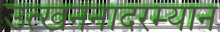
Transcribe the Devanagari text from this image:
उत्खननादरम्यान